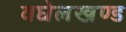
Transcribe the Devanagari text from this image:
वघेलखण्ड